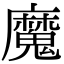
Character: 魔